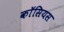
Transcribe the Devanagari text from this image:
कॉसियस